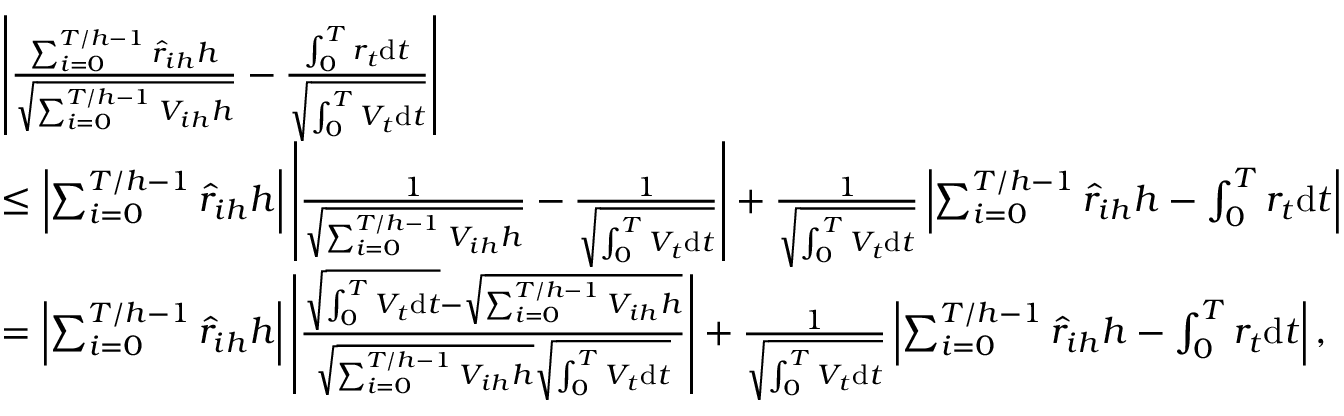
\begin{array} { r l } & { \left| \frac { \sum _ { i = 0 } ^ { T / h - 1 } \hat { r } _ { i h } h } { \sqrt { \sum _ { i = 0 } ^ { T / h - 1 } V _ { i h } h } } - \frac { \int _ { 0 } ^ { T } r _ { t } \mathrm { d } t } { \sqrt { \int _ { 0 } ^ { T } V _ { t } \mathrm { d } t } } \right| } \\ & { \leq \left| \sum _ { i = 0 } ^ { T / h - 1 } \hat { r } _ { i h } h \right| \left| \frac { 1 } { \sqrt { \sum _ { i = 0 } ^ { T / h - 1 } V _ { i h } h } } - \frac { 1 } { \sqrt { \int _ { 0 } ^ { T } V _ { t } \mathrm { d } t } } \right| + \frac { 1 } { \sqrt { \int _ { 0 } ^ { T } V _ { t } \mathrm { d } t } } \left| \sum _ { i = 0 } ^ { T / h - 1 } \hat { r } _ { i h } h - \int _ { 0 } ^ { T } r _ { t } \mathrm { d } t \right| } \\ & { = \left| \sum _ { i = 0 } ^ { T / h - 1 } \hat { r } _ { i h } h \right| \left| \frac { \sqrt { \int _ { 0 } ^ { T } V _ { t } \mathrm { d } t } - \sqrt { \sum _ { i = 0 } ^ { T / h - 1 } V _ { i h } h } } { \sqrt { \sum _ { i = 0 } ^ { T / h - 1 } V _ { i h } h } \sqrt { \int _ { 0 } ^ { T } V _ { t } \mathrm { d } t } } \right| + \frac { 1 } { \sqrt { \int _ { 0 } ^ { T } V _ { t } \mathrm { d } t } } \left| \sum _ { i = 0 } ^ { T / h - 1 } \hat { r } _ { i h } h - \int _ { 0 } ^ { T } r _ { t } \mathrm { d } t \right| , } \end{array}